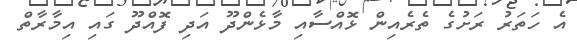
އެ ހަތަރު ރަށުގެ ތެރެއިން ޅޮއްސާއި މާޅެންދޫ އަދި ފޮއްދޫ ގައި އިމާރާތް